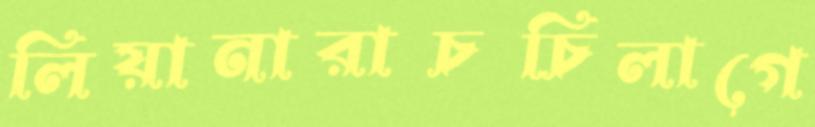
লিয়ানারাচচিলাগে